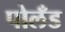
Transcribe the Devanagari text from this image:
पोलँड